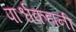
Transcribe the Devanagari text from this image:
पार्श्वकहानी